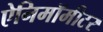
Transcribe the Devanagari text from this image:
ऐनिमॉमीटर